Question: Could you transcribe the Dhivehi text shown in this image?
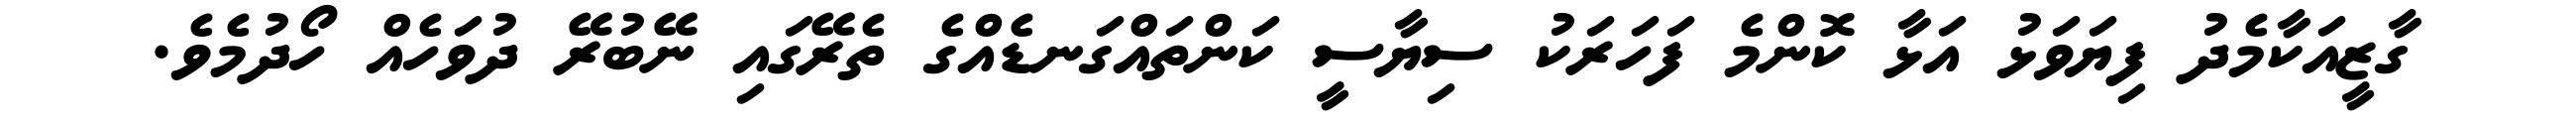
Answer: ގާޒީއަކާމެދު ފިޔަވަޅު އަޅާ ކޮންމެ ފަހަރަކު ސިޔާސީ ކަންތައްގަނޑެއްގެ ތެރޭގައި ނޭބުރޭ ދުވަހެއް ހޯދުމެވެ.